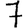
Digit: 7